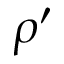
\rho ^ { \prime }